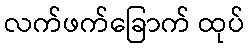
လက်ဖက်ခြောက် ထုပ်